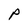
Character: p